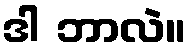
ဒါ ဘာလဲ။